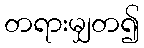
တရားမျှတ၍